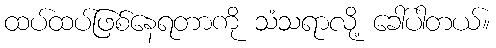
ထပ်ထပ်ဖြစ်နေရတာကို သံသရာလို့ ခေါ်ပါတယ်။